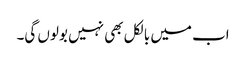
اب میں بالکل بھی نہیں بولوں گی۔